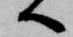
へ